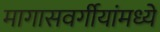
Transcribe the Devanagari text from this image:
मागासवर्गीयांमध्ये